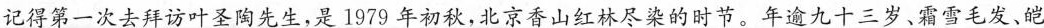
记得第一次去拜访叶圣陶先生，是1979年初秋，北京香山红林尽染的时节。年逾九十三岁、霜雪毛发、皑